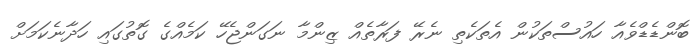
ބޮންޑެޑްވެއާ ހައުސްތަކުން އެތަކެތި ނެރޭ ފަރާތެއް ޒިންމާ ނަގަންޖެހޭ ކަމެއްގެ ގޮތުގައި ހަދާނެކަމަށް